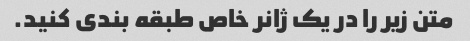
متن زیر را در یک ژانر خاص طبقه بندی کنید.